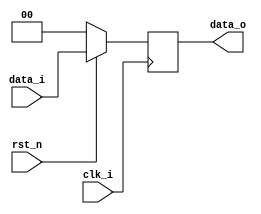
module Reg_Pipe(clk_i, rst_n, data_i, data_o);

parameter size = 0;

input clk_i;
input rst_n;
input [size-1:0] data_i;
output [size-1:0] data_o;

reg [size-1:0] data = 0;

assign data_o = data;

always @(posedge clk_i) begin
    if(rst_n == 0) begin
        data <= 0;
    end 
    else begin
        data <= data_i;
    end
end

endmodule